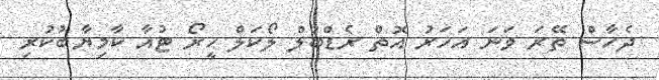
ދެހާސް ތޭރަ ވަނަ އަހަރު އޮތް ރެޑްބުލް ލޯކަލް ހީރޯ ޓުއާ ކާމިޔާބުކުރި